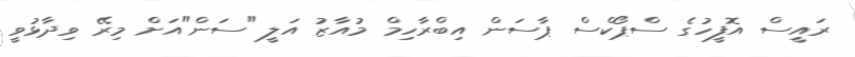
ރައީސް އޮފީހުގެ ސްޕޯކްސް ޕާސަން އިބްރާހިމް މުއާޒު އަލީ "ސަން"އަށް މިރޭ ވިދާޅުވީ